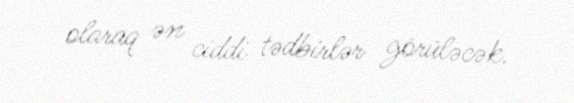
olaraq ən ciddi tədbirlər görüləcək.